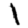
Digit: 1